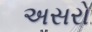
અસરો